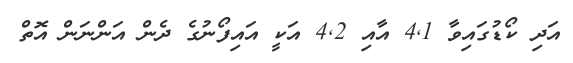
އަދި ކޯޑުގައިވާ 4